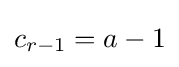
c_{r-1}=a-1